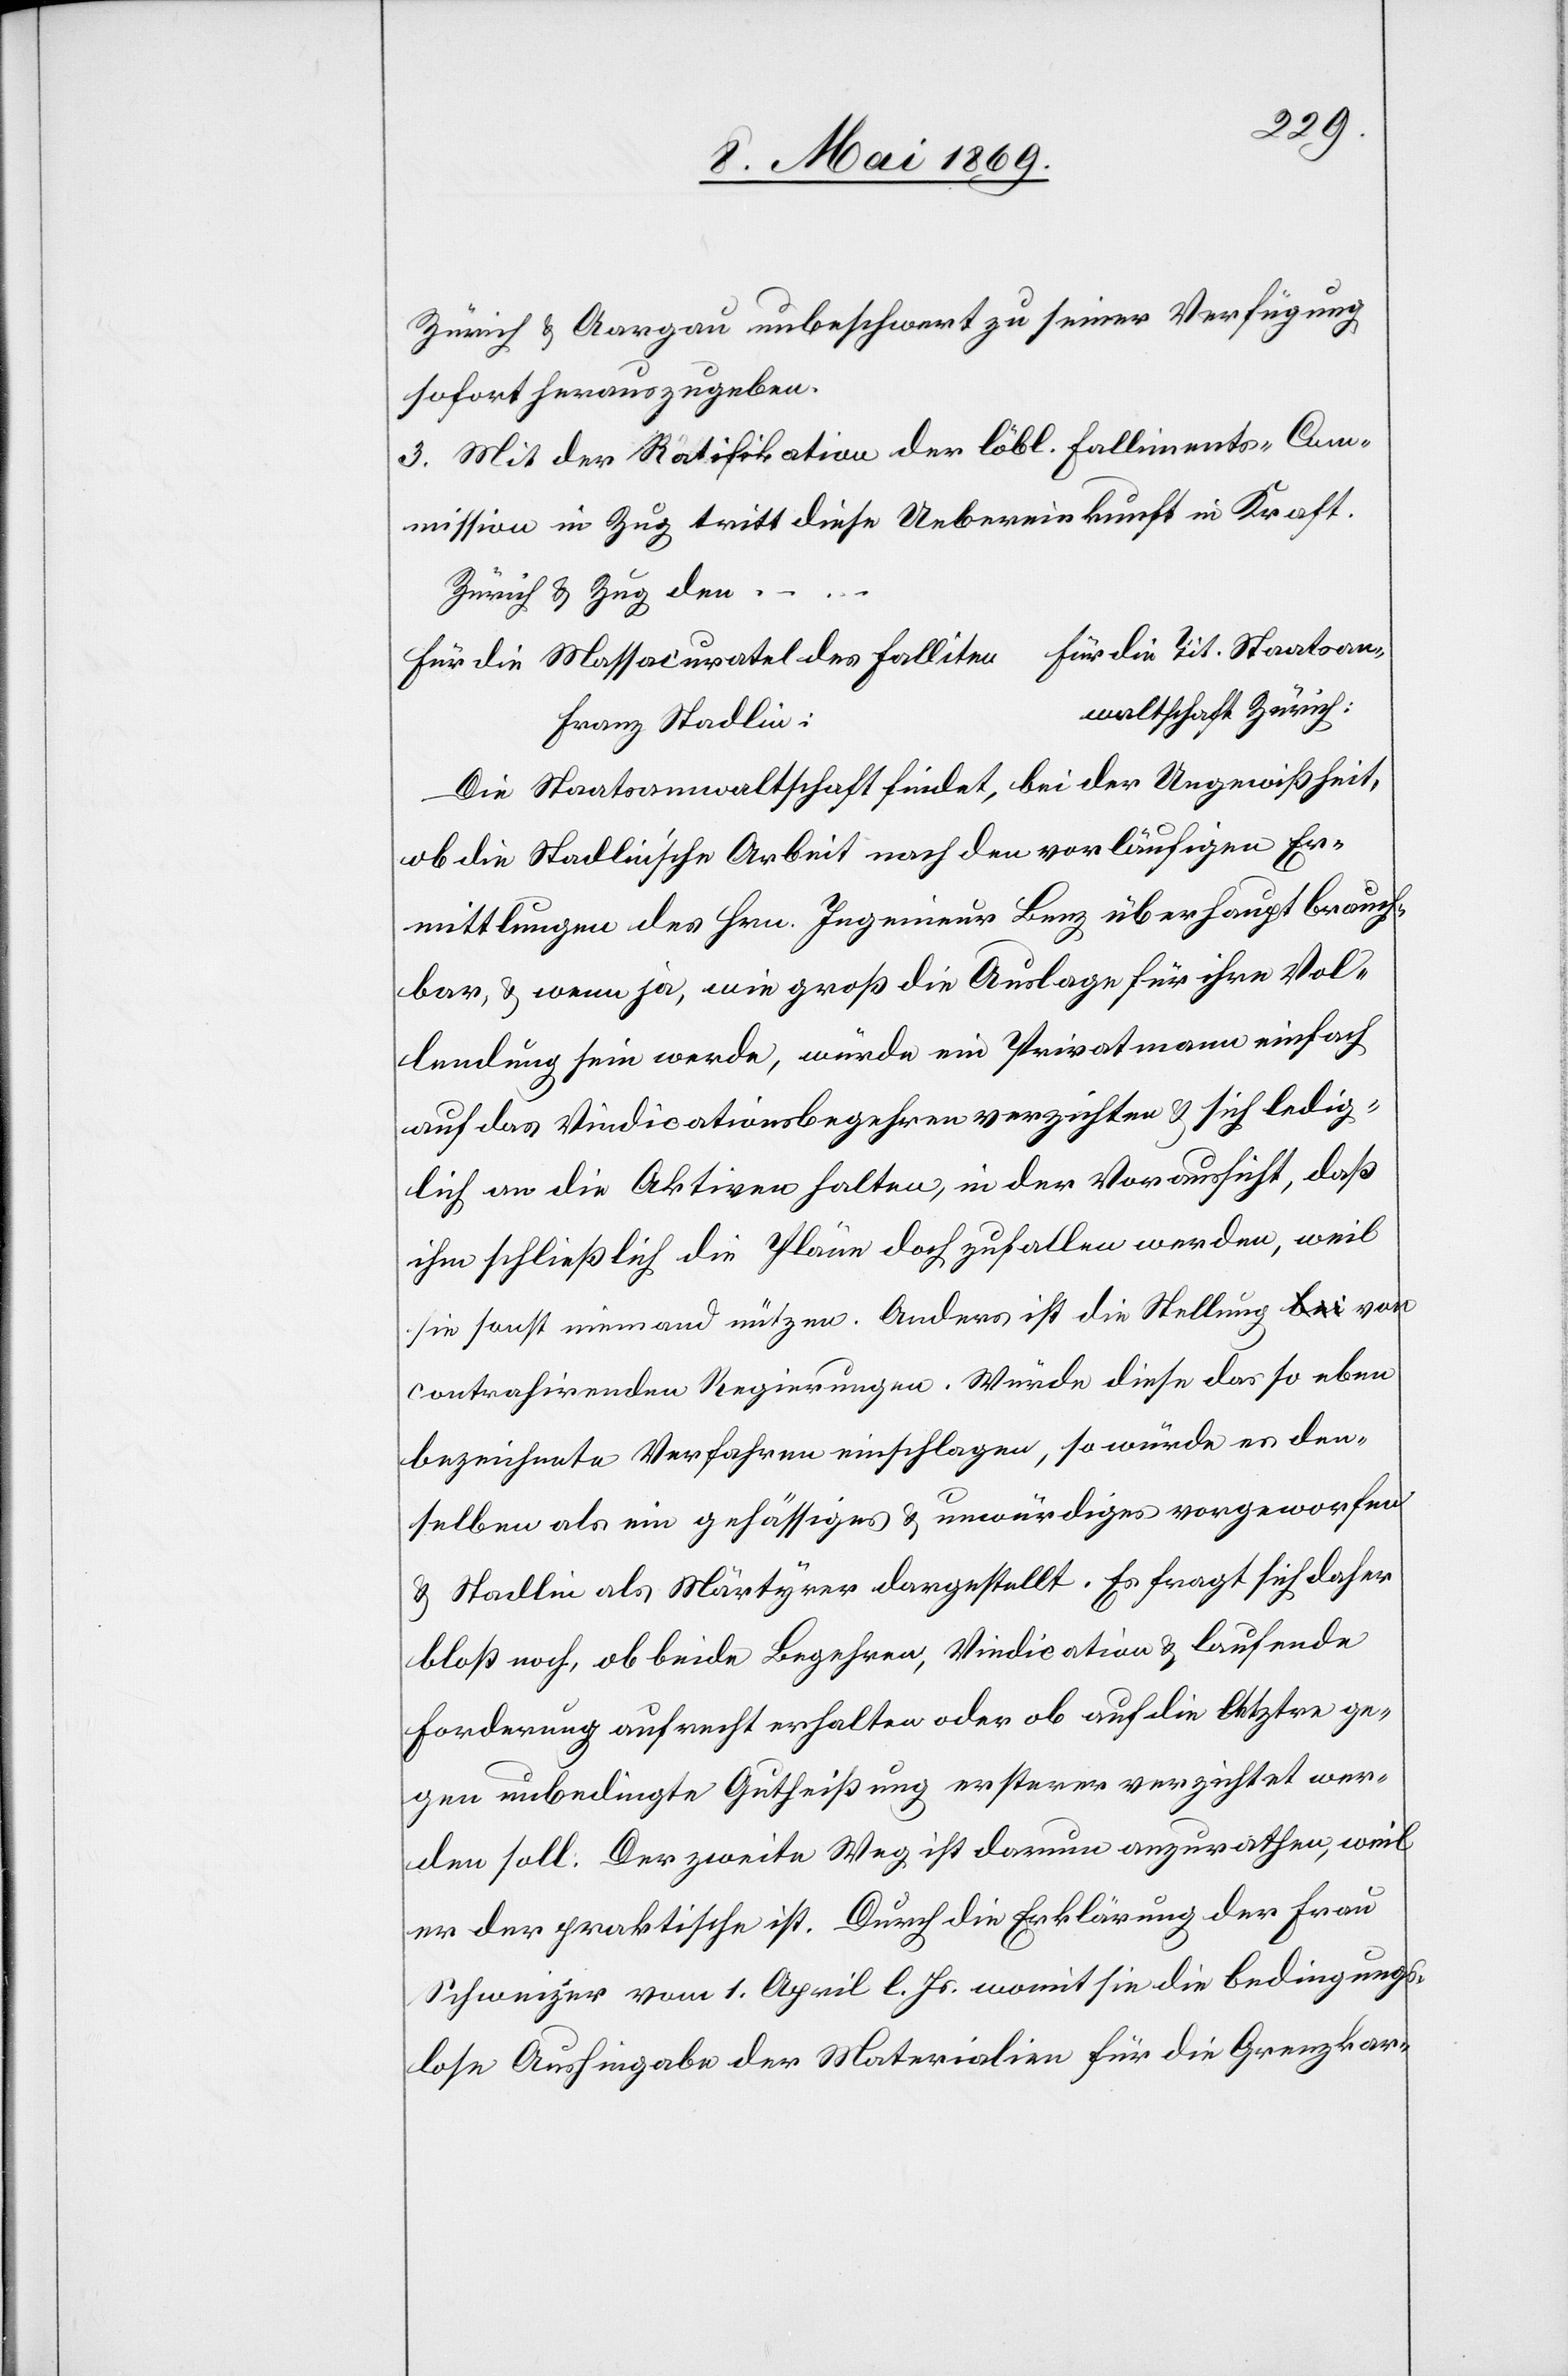
Zürich u. Aargau unbeschwert zu seiner Verfügung
sofort herauszugeben.
3. Mit der Ratifikation der löbl. Falliments-Com¬
mission in Zug tritt diese Uebereinkunft in Kraft.
Zürich u. Zug den …
Für die Massacuratel des Falliten 			Für die Tit. Staatsan¬
waltschaft Zürich:
Franz Stadlin:
Die Staatsanwaltschaft findet, bei der Ungewißheit,
ob die Stadlin’sche Arbeit nach den vorläufigen Er¬
mittlungen durch Schreiben des Hrn. Ingenieur Benz überhaupt brauch¬
bar, u. wenn ja, wie groß die Auslage für ihre Vol¬
lendung sein werde, würde ein Privatmann einfach
auf das Vindicationsbegehren verzichten u. sich ledig¬
lich an die Aktiven halten, in der Voraussicht, daß
ihm schließlich die Pläne doch zufallen werden, weil
sie sonst niemand nützen. Anders ist die Stellung von
contrahirenden Regierungen. Würde diese das so eben
bezeichnete Verfahren einschlagen, so würde es dem¬
selben als ein gehässiges u. unwürdiges vorgeworfen
u. Stadlin als Märtyrer dargestellt. Es fragt sich daher
bloß noch, ob beide Begehren, Vindication u. laufende
Forderung aufrecht erhalten oder ob auf die letzte ge¬
gen unbedingte Gutheißung ersterer verzichtet wer¬
den soll: Der zweite Weg ist darum anzurathen, weil
er der praktische ist. Durch die Erklärung der Frau
Schweizer vom 1. April l. Js. womit sie die bedingungs¬
lose Aushingabe der Materialien für die Grenzkar-